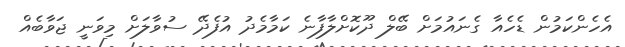
އެހެންކަމުން ޑެހެއާ ގެނައުމަށް ބޭލް ދޫކޮށްލާފާނެ ކަމާމެދު އުފެދޭ ސުވާލަށް މިވަނީ ޖަވާބެއް